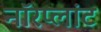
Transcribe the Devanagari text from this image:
नॉरप्लांट